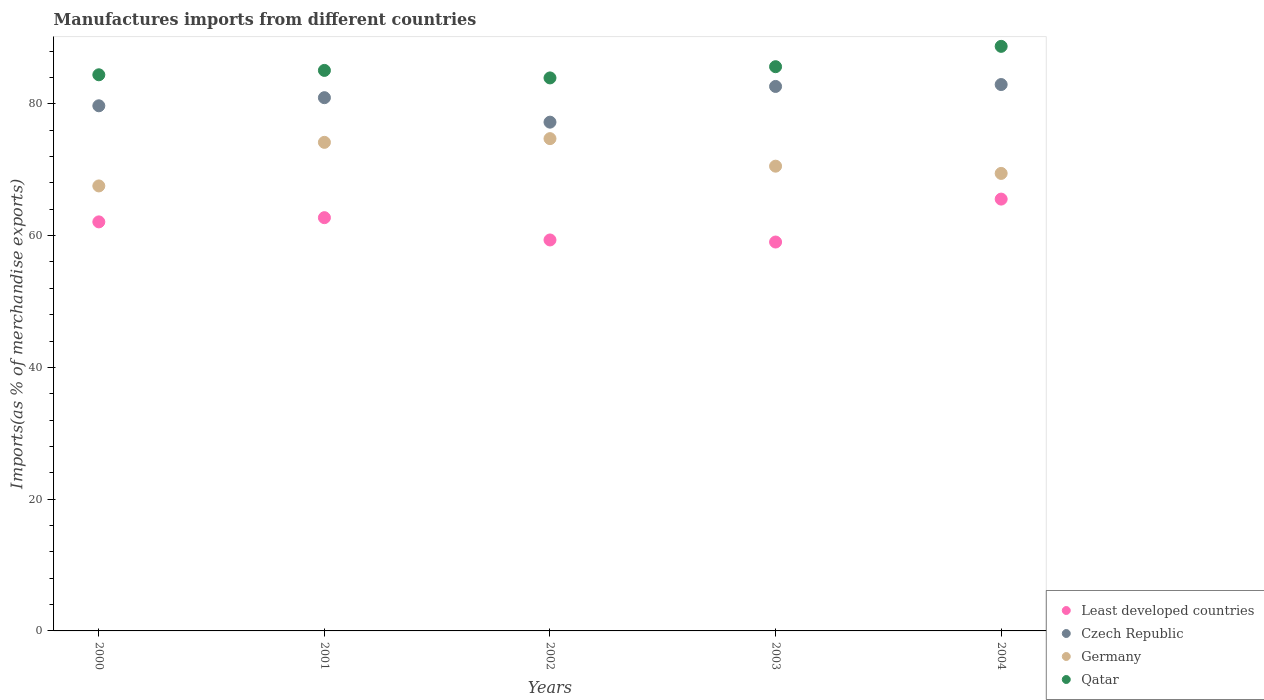
| Years | Least developed countries | Czech Republic | Germany | Qatar |
 | --- | --- | --- | --- | --- |
 | 2000 | 62.1 | 79.7 | 67.5 | 84.4 |
 | 2001 | 62.7 | 80.9 | 74.2 | 85.1 |
 | 2002 | 59.3 | 77.2 | 74.7 | 83.9 |
 | 2003 | 59 | 82.6 | 70.5 | 85.6 |
 | 2004 | 65.5 | 82.9 | 69.4 | 88.7 |